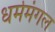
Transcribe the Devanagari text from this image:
धर्ममंगल